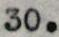
30.